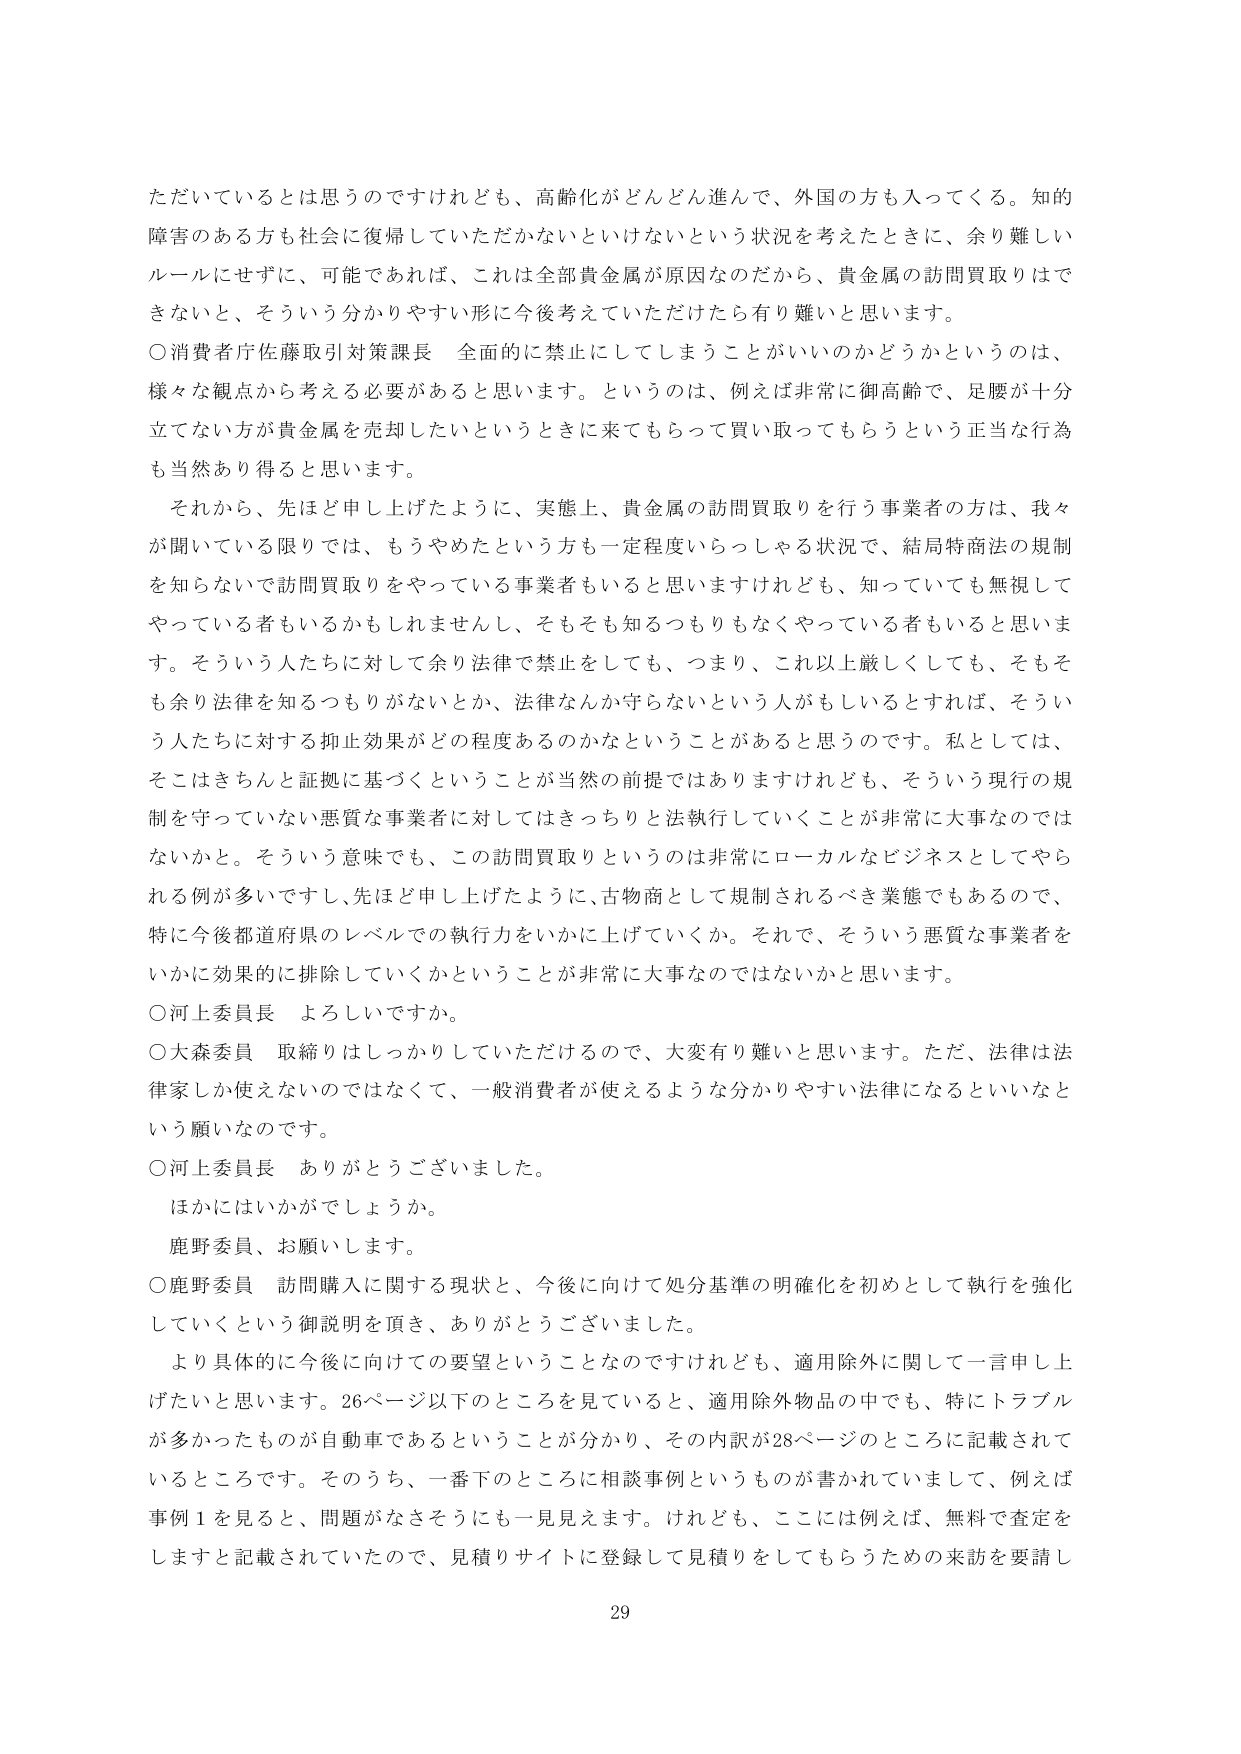
ただいているとは思うのですけれども、高齢化がどんどん進んで、外国の方も入ってくる。知的
障害のある方も社会に復帰していただかないといけないという状況を考えたときに、余り難しい
ルールにせずに、可能であれば、これは全部貴金属が原因なのだから、貴金属の訪問買取りはで
きないと、そういう分かりやすい形に今後考えていただけたら有り難いと思います。
〇消費者庁佐藤取引対策課長　全面的に禁止にしてしまうことがいいのかどうかというのは、
様々な観点から考える必要があると思います。というのは、例えば非常に御高齢で、足腰が十分
立てない方が貴金属を売却したいというときに来てもらって買い取ってもらうという正当な行為
も当然あり得ると思います。
　それから、先ほど申し上げたように、実態上、貴金属の訪問買取りを行う事業者の方は、我々
が聞いている限りでは、もうやめたという方も一定程度いらっしゃる状況で、結局特商法の規制
を知らないで訪問買取りをやっている事業者もいると思いますけれども、知っていても無視して
やっている者もいるかもしれませんし、そもそも知るつもりもなくやっている者もいると思いま
す。そういう人たちに対して余り法律で禁止をしても、つまり、これ以上厳しくしても、そもそ
も余り法律を知るつもりがないとか、法律なんか守らないという人がもしいるとすれば、そうい
う人たちに対する抑止効果がどの程度あるのかなということがあると思うのです。私としては、
そこはきちんと証拠に基づくということが当然の前提ではありますけれども、そういう現行の規
制を守っていない悪質な事業者に対してはきっちりと法執行していくことが非常に大事なのでは
ないかと。そういう意味でも、この訪問買取りというのは非常にローカルなビジネスとしてやら
れる例が多いですし、先ほど申し上げたように、古物商として規制されるべき業態でもあるので、
特に今後都道府県のレベルでの執行力をいかに上げていくか。それで、そういう悪質な事業者を
いかに効果的に排除していくかということが非常に大事なのではないかと思います。
〇河上委員長　よろしいですか。
〇大森委員　取締りはしっかりしていただけるので、大変有り難いと思います。ただ、法律は法
律家しか使えないのではなくて、一般消費者が使えるような分かりやすい法律になるといいなと
いう願いなのです。
〇河上委員長　ありがとうございました。
　ほかにはいかがでしょうか。
　鹿野委員、お願いします。
〇鹿野委員　訪問購入に関する現状と、今後に向けて処分基準の明確化を初めとして執行を強化
していくという御説明を頂き、ありがとうございました。
　より具体的に今後に向けての要望ということなのですが、適用除外に関して一言申し上
げたいと思います。26ページ以下のところを見ていると、適用除外物品の中でも、特にトラブル
が多かったものが自動車であるということが分かり、その内訳が28ページのところに記載されて
いるところです。そのうち、一番下のところに相談事例というものが書かれていて、例えば
事例１を見ると、問題がなさそうにも一見見えます。けれども、ここには例えば、無料で査定を
しますと記載されていたので、見積りサイトに登録して見積りをしてもらうための来訪を要請し
29